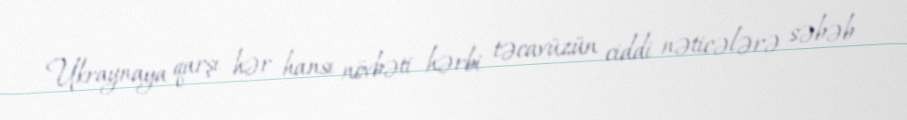
Ukraynaya qarşı hər hansı növbəti hərbi təcavüzün ciddi nəticələrə səbəb